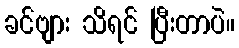
ခင်ဗျား သိရင် ပြီးတာပဲ။